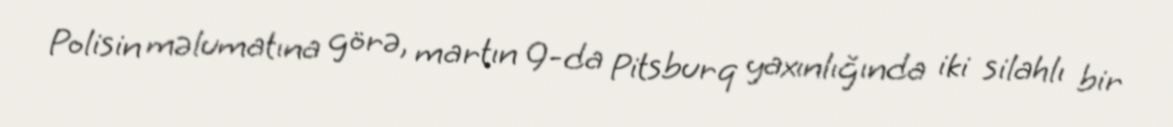
Polisin məlumatına görə, martın 9-da Pitsburq yaxınlığında iki silahlı bir